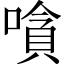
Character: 嗿